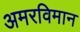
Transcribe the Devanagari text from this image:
अमरविमान